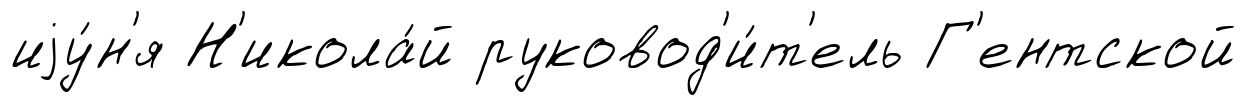
иjу́н'я Н'икола́й руковод'и́т'ель Г'ентской